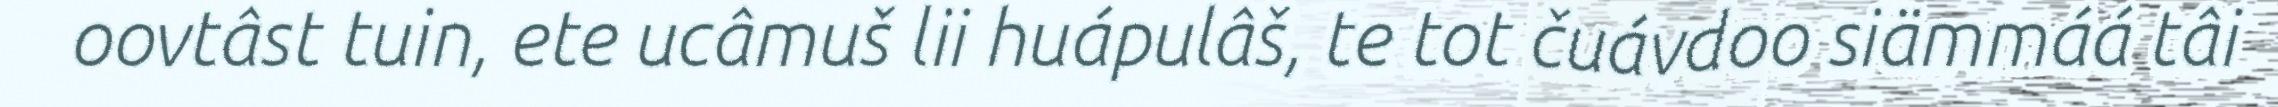
oovtâst tuin, ete ucâmuš lii huápulâš, te tot čuávdoo siämmáá tâi